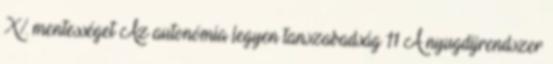
X% mentességet Az autonómia legyen tanszabadság 11 A nyugdijrendszer